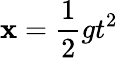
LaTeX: \mathbf{x}=\frac{{1}}{{2}}gt^{2}